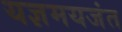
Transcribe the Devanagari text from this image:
यज्ञमयजंत